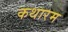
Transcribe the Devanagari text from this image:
कथारम